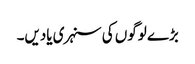
بڑے لوگوں کی سنہری یادیں۔